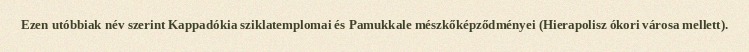
Ezen utóbbiak név szerint Kappadókia sziklatemplomai és Pamukkale mészkőképződményei (Hierapolisz ókori városa mellett).